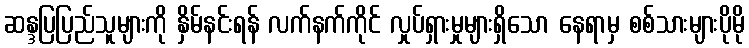
ဆန္ဒပြပြည်သူများကို နှိမ်နင်းရန် လက်နက်ကိုင် လှုပ်ရှားမှုများရှိသော နေရာမှ စစ်သားများပိုမို